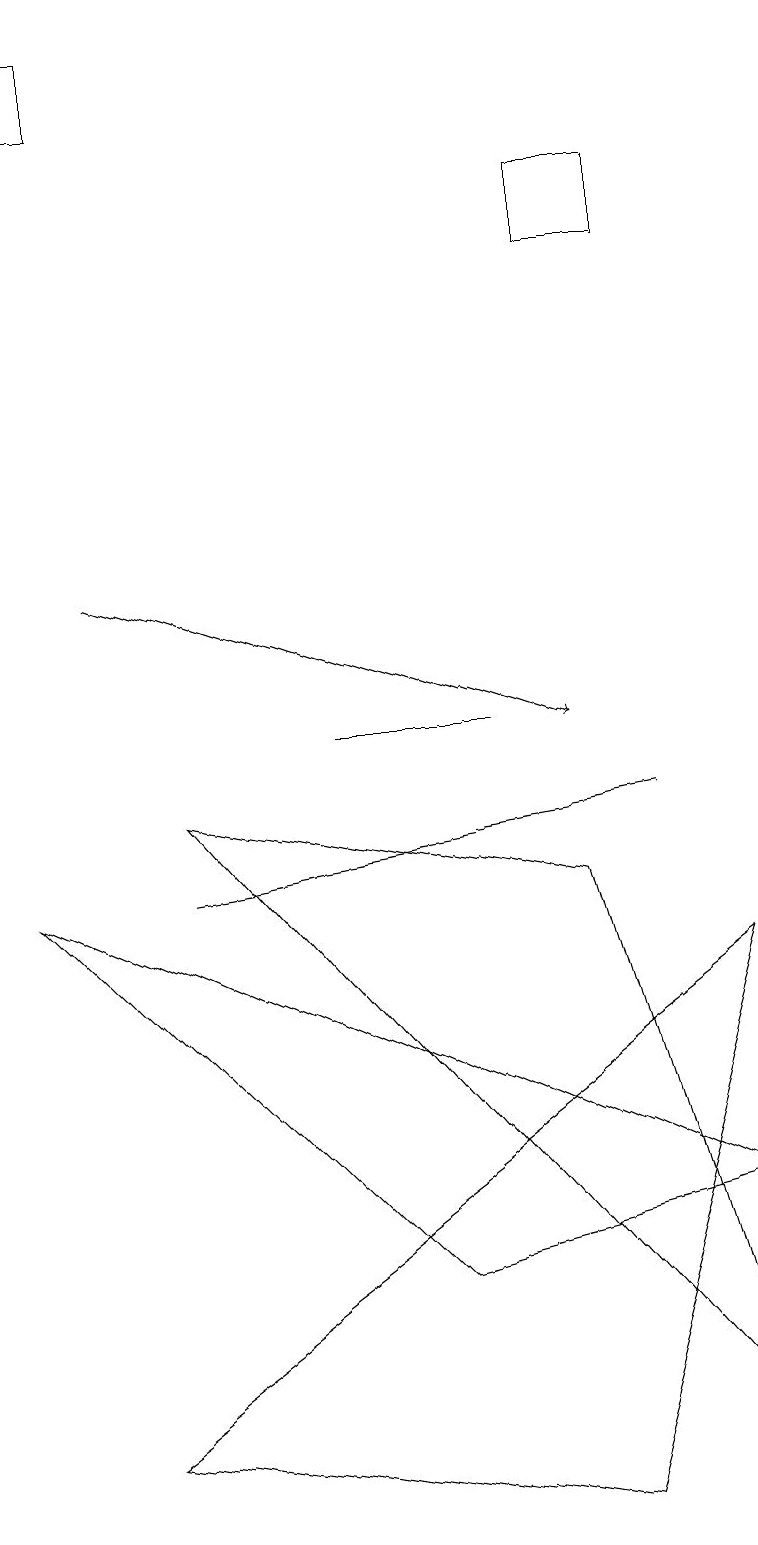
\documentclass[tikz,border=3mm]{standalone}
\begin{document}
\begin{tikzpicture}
\draw (5,3) -- (0,8) -- (9,4) -- cycle;
\draw (4,10) rectangle (6,10);
\draw (7,8) -- (2,9) -- (9,1) -- cycle;
\draw[->] (1,12) -- (7,10);
\draw (1,18) rectangle (0,19);
\draw (8,17) rectangle (7,16);
\draw (8,9) -- (2,8) -- (2,8) -- cycle;
\draw (1,1) -- (9,7) -- (7,0) -- cycle;
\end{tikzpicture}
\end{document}